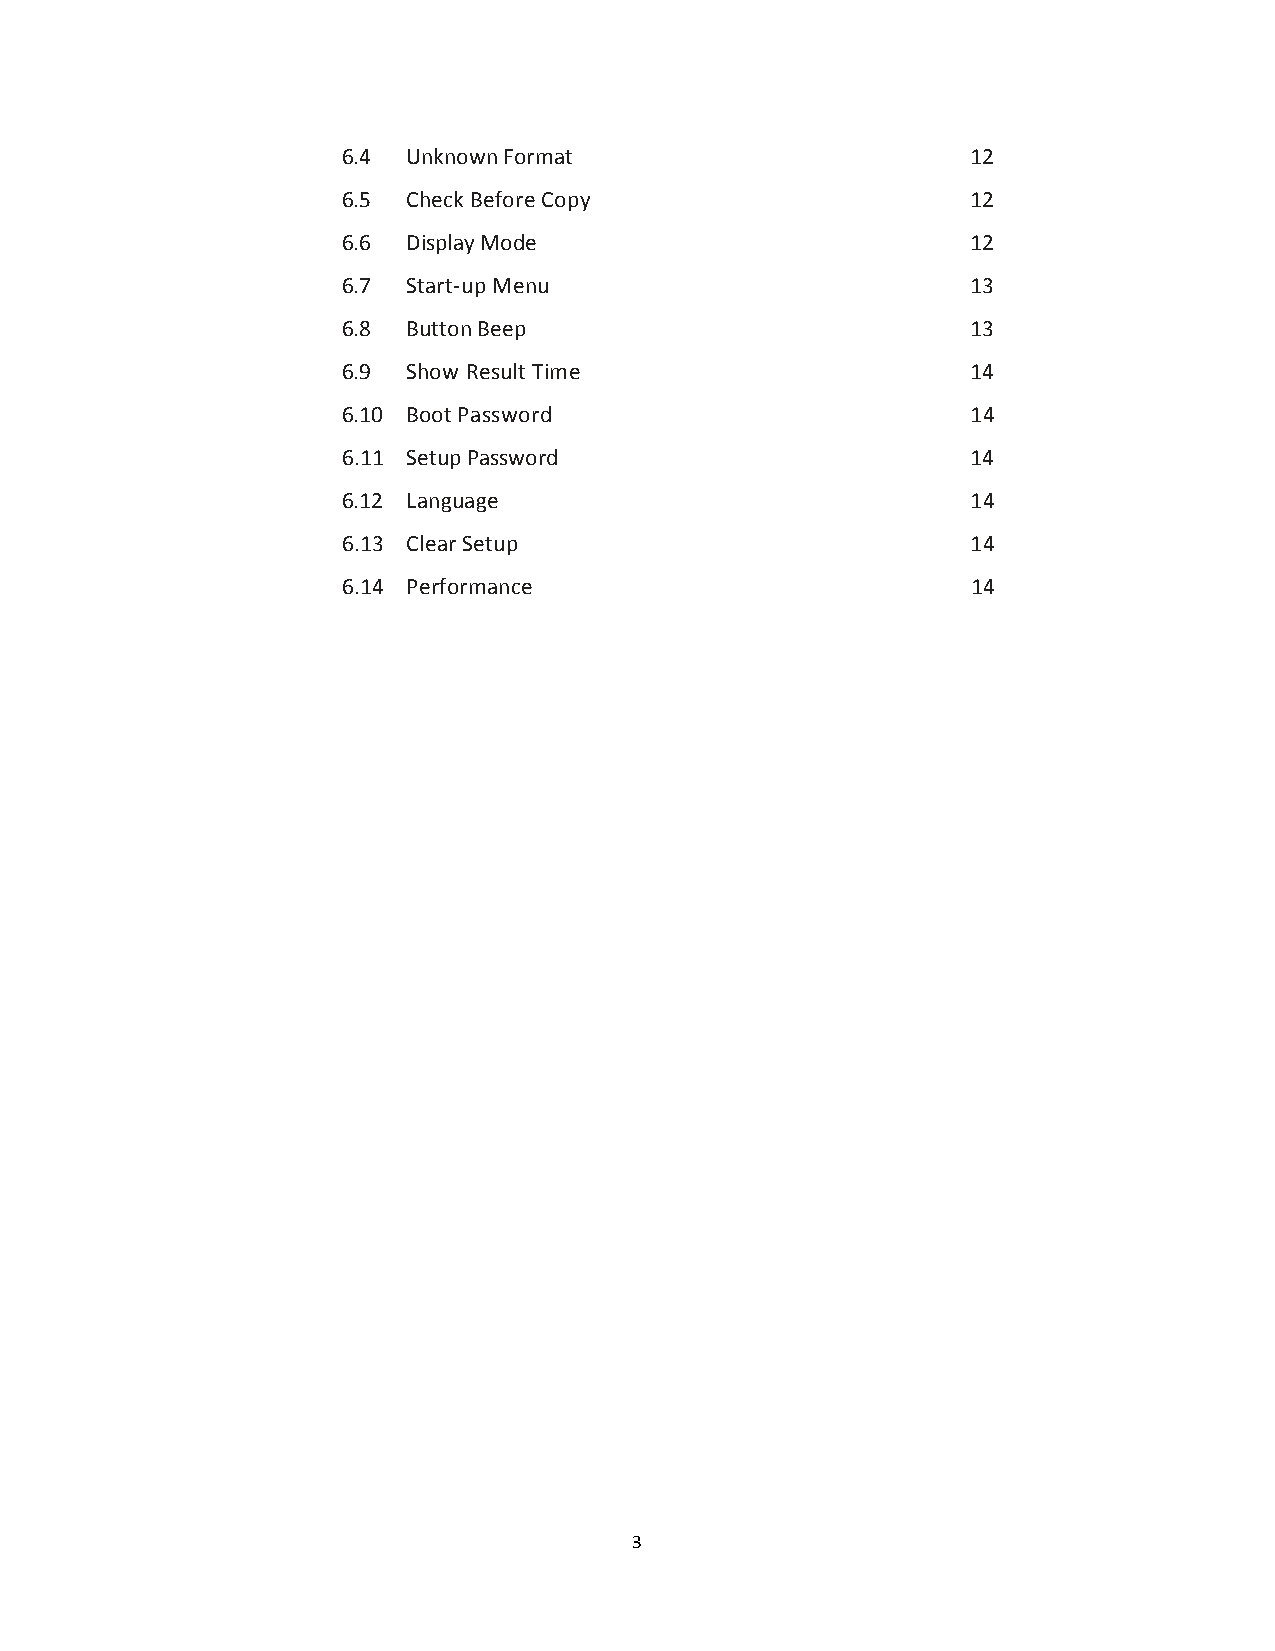
6.4 Unknown Format                       12
 6.5 Check Before Copy                    12
 6.6 Display Mode                         12
 6.7 Start-up Menu                        13
 6.8 Button Beep                          13
 6.9 Show Result Time                     14
 6.10 Boot Password                       14
 6.11 Setup Password                      14
 6.12 Language                            14
 6.13 Clear Setup                         14
 6.14 Performance                         14
 3